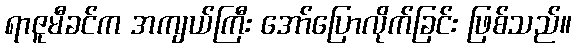
ရာဇူမီခင်က အကျယ်ကြီး အော်ပြောလိုက်ခြင်း ဖြစ်သည်။